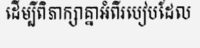
ដើម្បីពិភាក្សាគ្នាអំពីរបៀបដែល